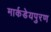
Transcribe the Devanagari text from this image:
मार्कडेयपुरण